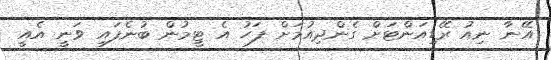
އޭނާ ނިއު ރޭޑިއަންޓަށް ގެންދިއުމަށް ފަހު އެ ޓީމުން ބުނެފައި ވަނީ އެއީ